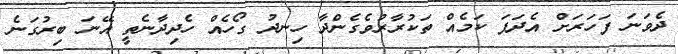
ދެވަނަ ފަހަރަށް އެދަފަ ކަމެއް ތަކުރާރުވެގެންދާ ހިނދު ގޯހެއް ހެދިދާނެތީ އޭނަ ބިރުގަނެ